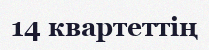
14 квартеттің